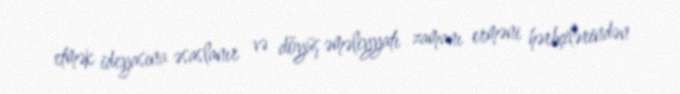
etmək ideyasına əsaslanır və döyüş əməliyyatı zamanı erməni hərbçilərindən